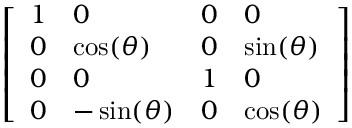
\left[ \begin{array} { l l l l } { 1 } & { 0 } & { 0 } & { 0 } \\ { 0 } & { \cos ( \theta ) } & { 0 } & { \sin ( \theta ) } \\ { 0 } & { 0 } & { 1 } & { 0 } \\ { 0 } & { - \sin ( \theta ) } & { 0 } & { \cos ( \theta ) } \end{array} \right]